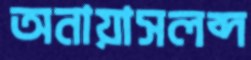
অনায়াসলব্দ